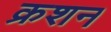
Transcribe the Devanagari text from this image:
क्रशन